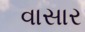
વાસાર